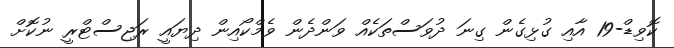
ކޮވިޑް-19 އާއި ގުޅިގެން ގިނަ ދުވަސްތަކެއް ވަންދެން ވެމްކޯއިން ދިޔައީ ރަޖިސްޓްރީ ނުކޮށް